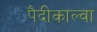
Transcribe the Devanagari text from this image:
पैदीकाल्वा